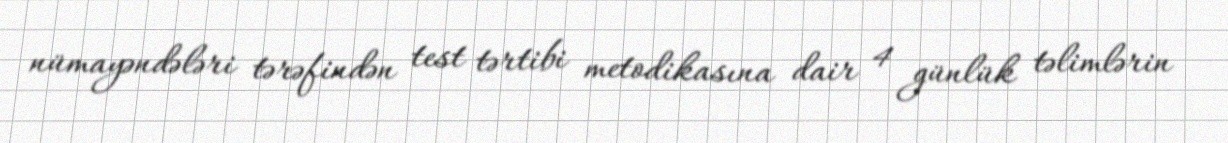
nümayəndələri tərəfindən test tərtibi metodikasına dair 4 günlük təlimlərin